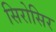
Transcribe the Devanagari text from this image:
सिरोसिर